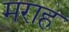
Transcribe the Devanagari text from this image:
मराह